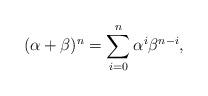
LaTeX: \begin{align*}( \alpha + \beta)^n = \sum_{i=0}^n\alpha^i\beta^{n-i},\end{align*}